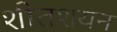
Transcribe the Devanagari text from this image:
शीतशयन